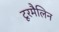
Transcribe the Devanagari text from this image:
टूरमैलिन